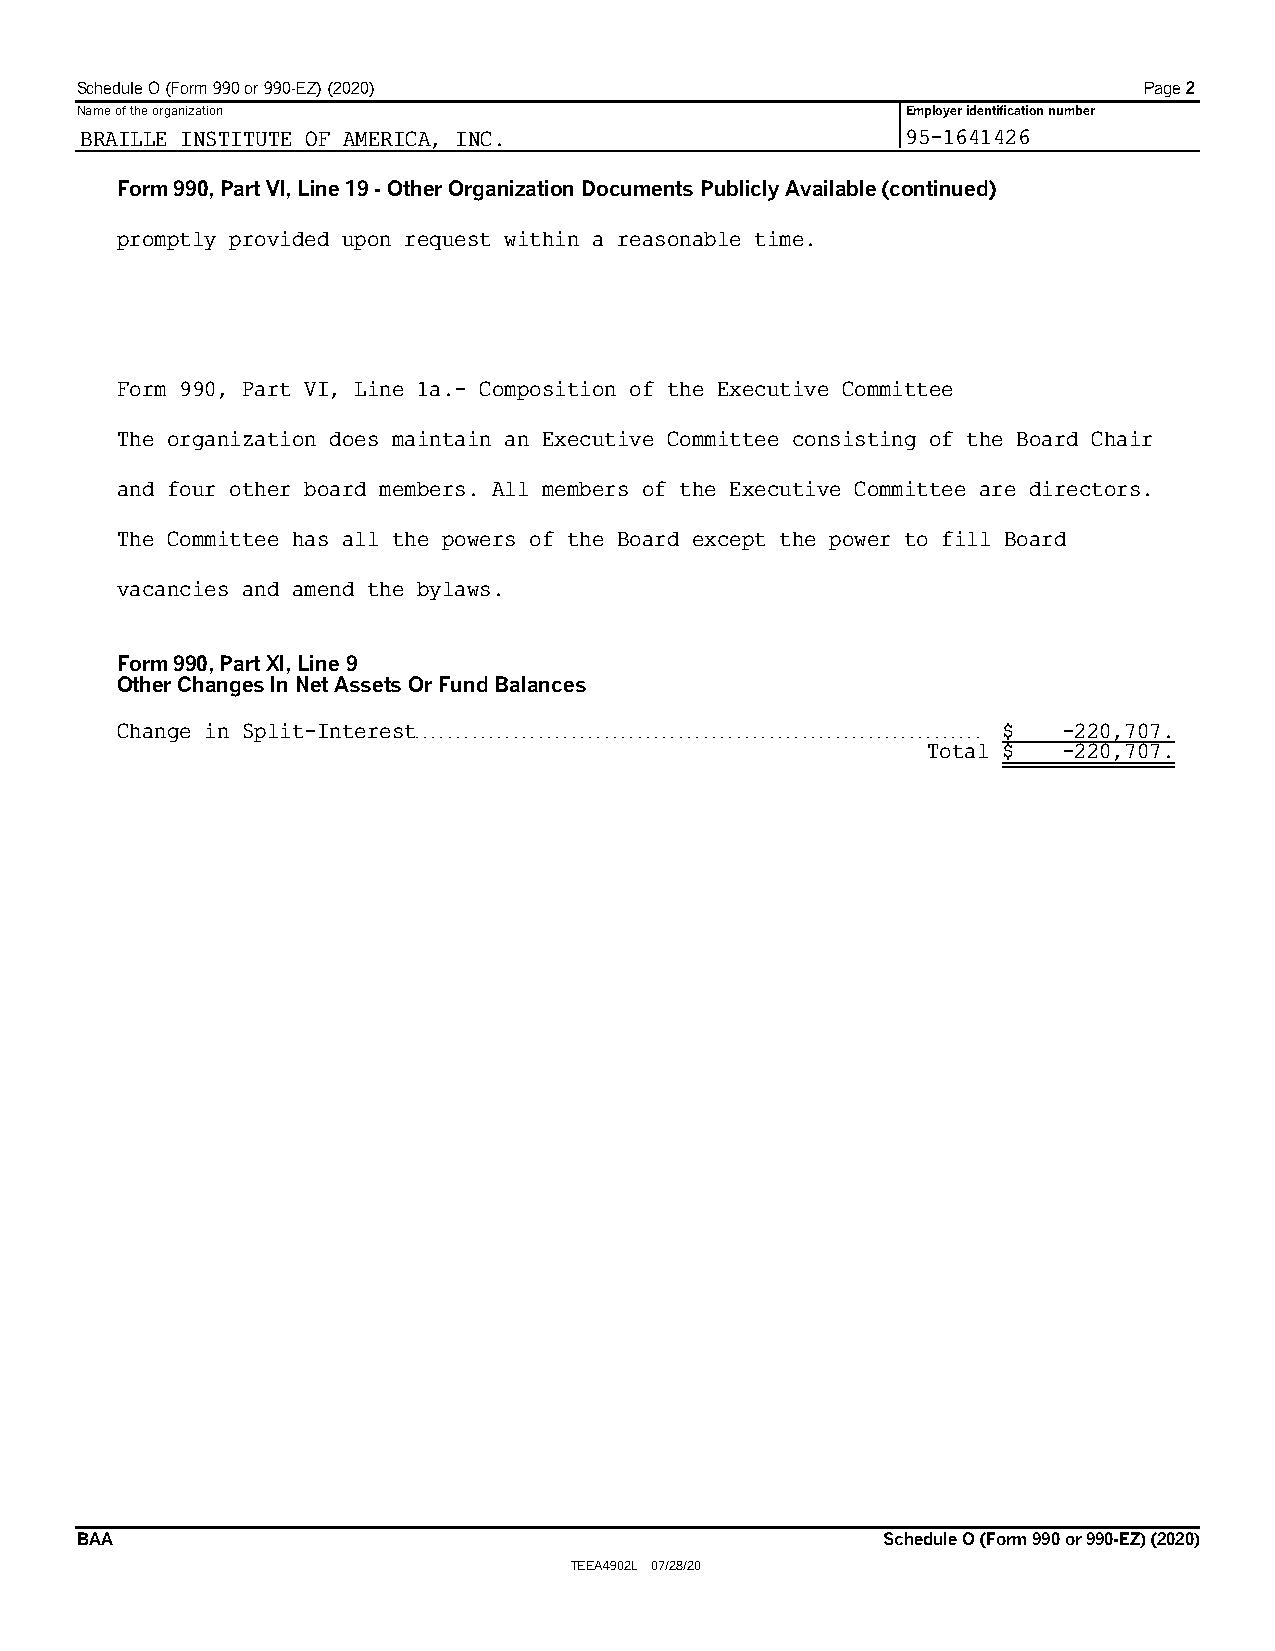
Schedule O (Form 990 or 990-EZ) (2020)                                 Page 2
 Name of the organization                               Employer identification number
 BRAILLE INSTITUTE OF AMERICA, INC.                     95-1641426
 Form 990, Part VI, Line 19 - Other Organization Documents Publicly Available (continued)
 promptly provided upon request within a reasonable time.
 Form 990, Part VI, Line 1a.- Composition of the Executive Committee
 The organization does maintain an Executive Committee consisting of the Board Chair
 and four other board members. All members of the Executive Committee are directors.
 The Committee has all the powers of the Board except the power to fill Board
 vacancies and amend the bylaws.
 Form 990, Part XI, Line 9
 Other Changes In Net Assets Or Fund Balances
 Change in Split-Interest. . . . . . . . . . . . . . . . . . . . . . . . . . . . . . . . . . . . . . . . . . . . . . . . . . . . . . . . . . . . . . . . . . . . . $ -220,707.
 Total $  -220,707.
 BAA                                                  Schedule O (Form 990 or 990-EZ) (2020)
 TEEA4902L 07/28/20